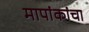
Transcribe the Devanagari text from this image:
मापांकांचा